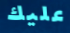
عليك